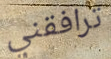
ترافقني